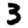
Digit: 3